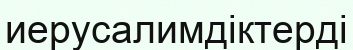
иерусалимдіктерді